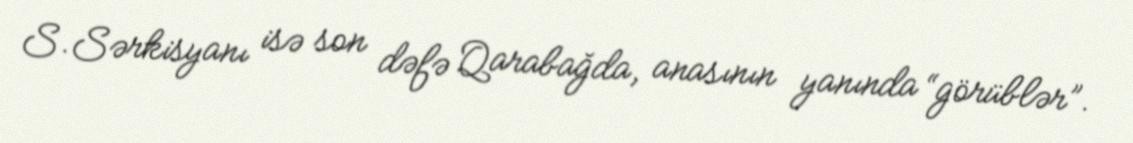
S.Sərkisyanı isə son dəfə Qarabağda, anasının yanında “görüblər”.